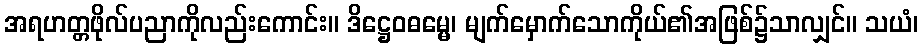
အရဟတ္တဖိုလ်ပညာကိုလည်းကောင်း။ ဒိဋ္ဌေဝဓမ္မေ၊ မျက်မှောက်သောကိုယ်၏အဖြစ်၌သာလျှင်။ သယံ၊